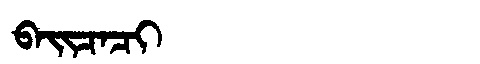
Manchu: ᠪᠠᡳᠴᠠᠴᡳ
Romanization: BAICACI